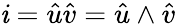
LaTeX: {\mathit{i}}={\hat{{u}}}{\hat{{v}}}={\hat{{u}}}\wedge{\hat{{v}}}